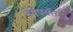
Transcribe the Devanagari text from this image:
वेर्षेपर्यंत